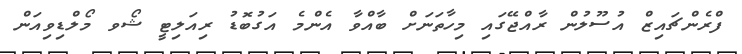
ފްރެންޗައިޒް އުސޫލުން ރާއްޖޭގައި މިހާތަނަށް ބާއްވާ އެންމެ އަގުބޮޑު ރިއަލިޓީ ޝޯވ މޯލްޑިވިއަން